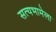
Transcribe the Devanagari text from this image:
सत्यभामेला